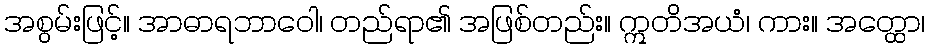
အစွမ်းဖြင့်။ အာဓာရဘာဝေါ၊ တည်ရာ၏ အဖြစ်တည်း။ ဣတိအယံ၊ ကား။ အတ္ထော၊